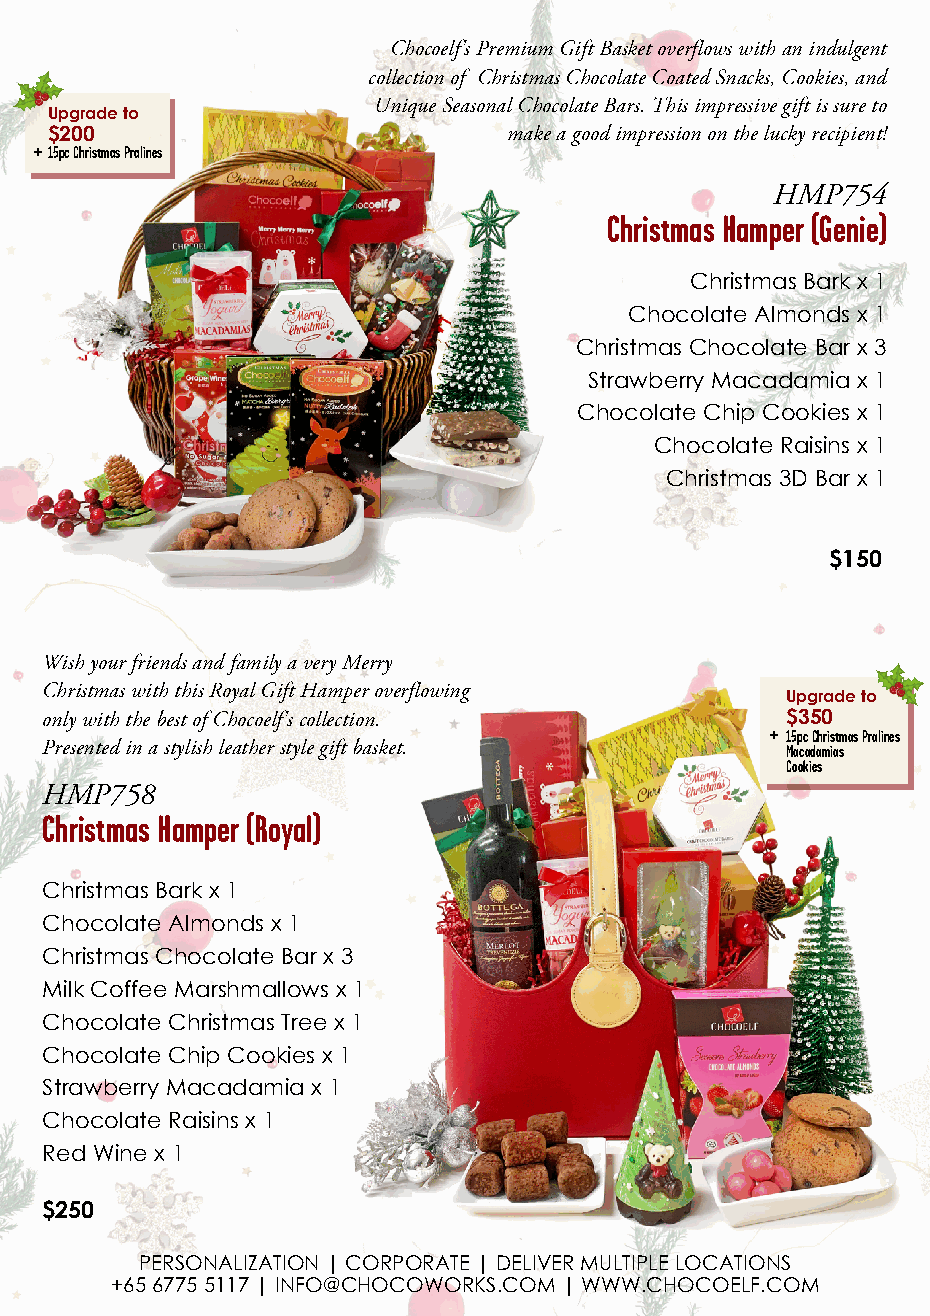
Chocoelf's Premium Gift Basket overflows with an indulgent
 collection of Christmas Chocolate Coated Snacks, Cookies, and
 Unique Seasonal Chocolate Bars. This impressive gift is sure to
 Upgrade to
 $200                           make a good impression on the lucky recipient!
 +15pc Christmas Pralines
 HMP754
 Christmas Hamper (Genie)
 Christmas Bark x 1
 Chocolate Almonds x 1
 Christmas Chocolate Bar x 3
 Strawberry Macadamia x 1
 Chocolate Chip Cookies x 1
 Chocolate Raisins x 1
 Christmas 3D Bar x 1
 $150
 Wish your friends and family a very Merry
 Christmas with this Royal Gift Hamper overflowing
 Upgrade to
 only with the best of Chocoelf's collection.     $350
 + 15pc Christmas Pralines
 Presented in a stylish leather style gift basket. Macadamias
 Cookies
 HMP758
 Christmas Hamper (Royal)
 Christmas Bark x 1
 Chocolate Almonds x 1
 Christmas Chocolate Bar x 3
 Milk Coffee Marshmallows x 1
 Chocolate Christmas Tree x 1
 Chocolate Chip Cookies x 1
 Strawberry Macadamia x 1
 Chocolate Raisins x 1
 Red Wine x 1
 $250
 PERSONALIZATION | CORPORATE | DELIVER MULTIPLE LOCATIONS
 +65 6775 5117 | INFO@CHOCOWORKS.COM | WWW.CHOCOELF.COM